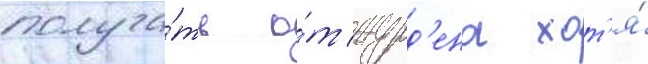
получа́ть о́т журд'ена хот'я́